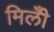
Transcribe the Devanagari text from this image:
मिलीँ